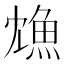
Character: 𩵫